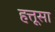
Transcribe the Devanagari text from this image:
हत्तूसा